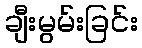
ချီးမွမ်းခြင်း